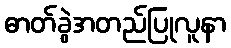
ဓာတ်ခွဲအတည်ပြုလူနာ